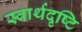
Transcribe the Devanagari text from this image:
स्वार्थदृष्टि